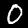
Label: 0